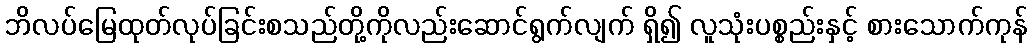
ဘိလပ်မြေထုတ်လုပ်ခြင်းစသည်တို့ကိုလည်းဆောင်ရွက်လျက် ရှိ၍ လူသုံးပစ္စည်းနှင့် စားသောက်ကုန်